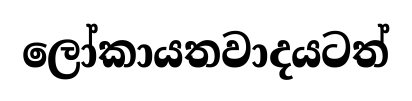
ලෝකායතවාදයටත්